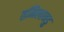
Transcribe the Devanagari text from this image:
तमिलानडु